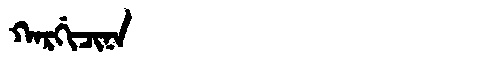
Manchu: ᡴᠠᡵᡤᡳᠴᡳᠨᠠ
Romanization: KARGICINA